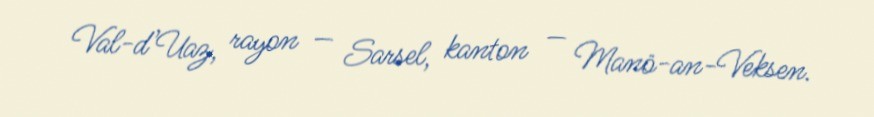
Val-d’Uaz, rayon — Sarsel, kanton — Manö-an-Veksen.